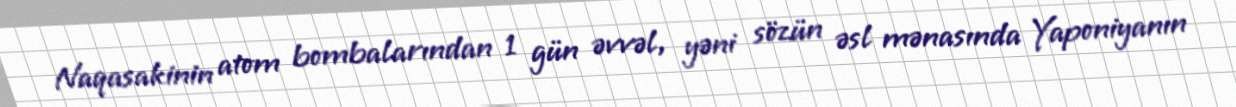
Naqasakinin atom bombalarından 1 gün əvvəl, yəni sözün əsl mənasında Yaponiyanın